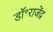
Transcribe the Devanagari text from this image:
डॉ॰राजेंद्र